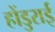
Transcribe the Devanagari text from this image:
होंडुराई